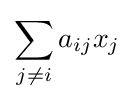
\sum _{j\neq i}a_{ij}x_{j}